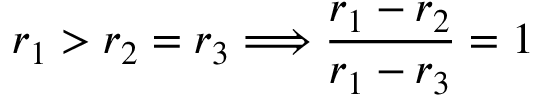
r _ { 1 } > r _ { 2 } = r _ { 3 } \Longrightarrow \frac { r _ { 1 } - r _ { 2 } } { r _ { 1 } - r _ { 3 } } = 1